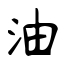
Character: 油